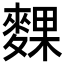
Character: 䴹